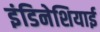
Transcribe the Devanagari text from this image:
इंडिनेशियाई